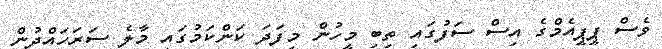
ވެސް ޕީޕީއެމްގެ އިސް ސަފުގައި ތިބި މީހުން މިފަދަ ކަންކަމުގައި މާލެ ސަރަހައްދުން